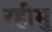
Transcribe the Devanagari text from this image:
रहीमु